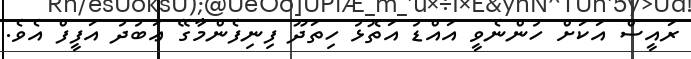
ރައީސް އަކަށް ހުންނެވީ އައްޑު އަތޮޅު ހިތަދޫ ފިނިފެންމާގޭ ޢަބުދު އަފީފް އެވެ.